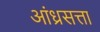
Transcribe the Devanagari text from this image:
आंध्रसत्ता